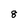
Character: 8